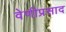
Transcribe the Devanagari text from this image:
वेणीप्रसाद